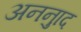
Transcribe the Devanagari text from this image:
अननुाद